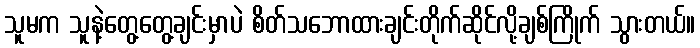
သူမက သူနဲ့တွေ့တွေ့ချင်းမှာပဲ စိတ်သဘောထားချင်းတိုက်ဆိုင်လို့ချစ်ကြိုက် သွားတယ်။